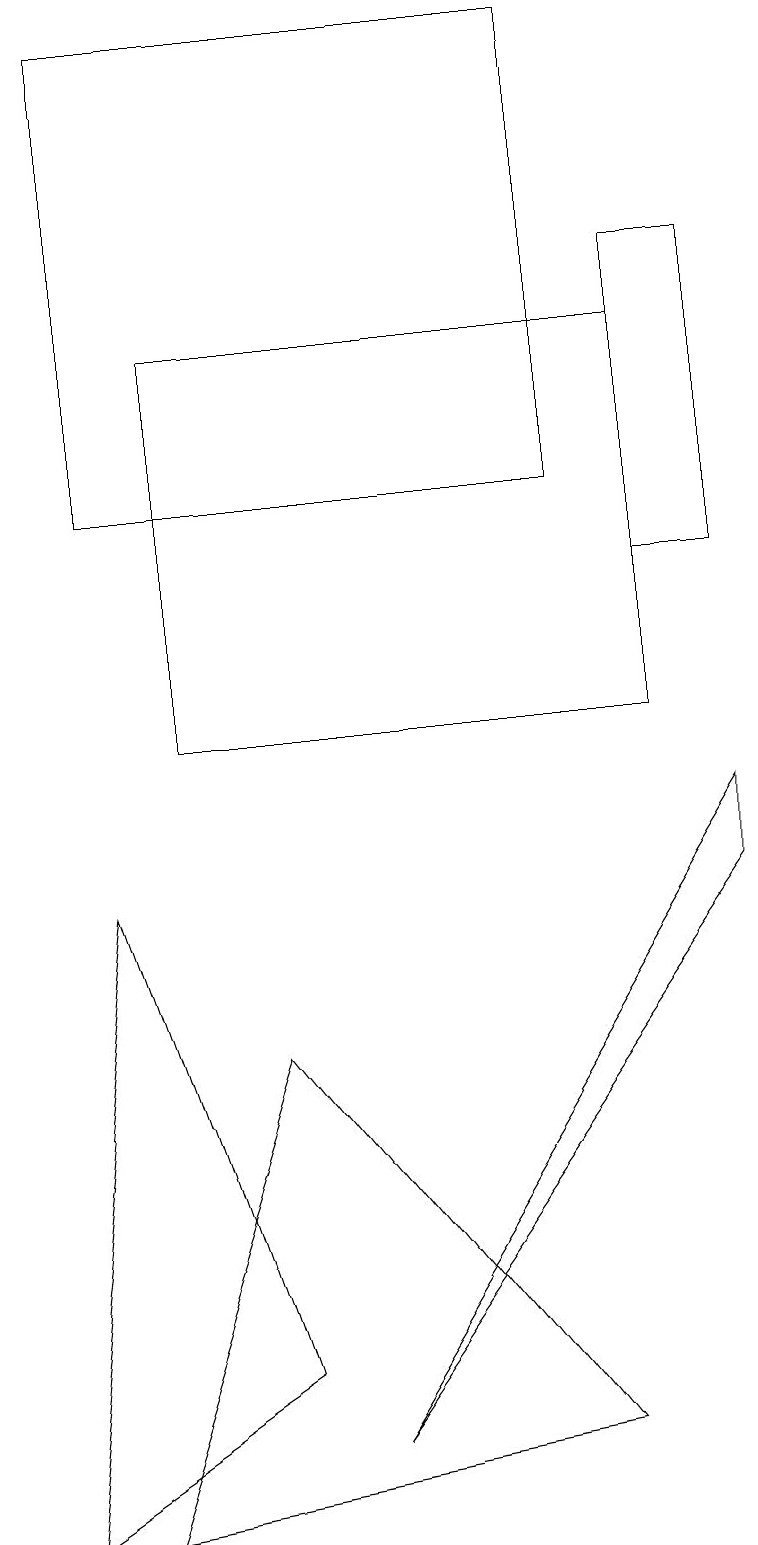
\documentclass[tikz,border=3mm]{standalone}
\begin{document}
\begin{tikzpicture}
\draw (7,1) -- (1,0) -- (3,6) -- cycle;
\draw (1,8) -- (0,0) -- (3,2) -- cycle;
\draw (9,16) rectangle (8,12);
\draw (9,8) -- (9,9) -- (4,1) -- cycle;
\draw (7,19) rectangle (1,13);
\draw (8,15) rectangle (2,10);
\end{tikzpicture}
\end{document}